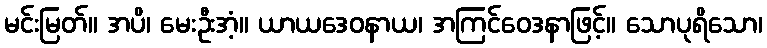
မင်းမြတ်။ အပိ၊ မေးဦးအံ့။ ယာယဒေဝနာယ၊ အကြင်ဝေဒနာဖြင့်။ သောပုရိသော၊